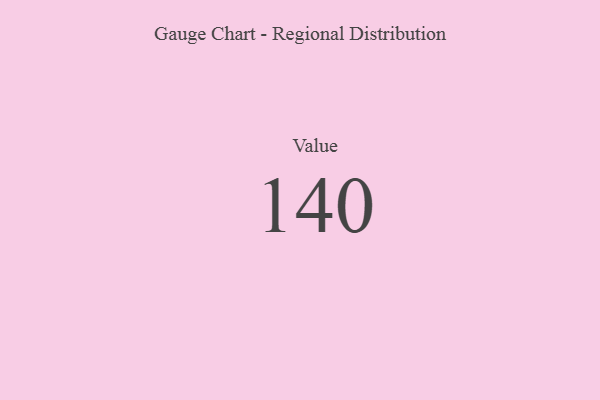
{"axis": {"x": "Metric", "y": "Value"}, "legend": [""], "data": [{"x": "Value", "y": 140, "type": ""}]}